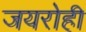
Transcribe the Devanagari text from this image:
जयरोही